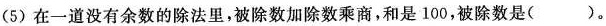
(5)在一道没有余数的除法里，被除数加除数乘商，和是100，被除数是()。